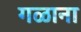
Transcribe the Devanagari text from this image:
गळाना